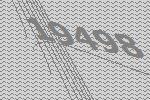
19498